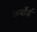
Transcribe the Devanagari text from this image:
कर्बोर्ड